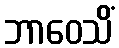
ဘာဝေသိံ